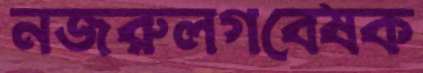
নজরুলগবেষক